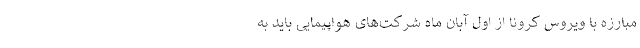
مبارزه با ویروس کرونا از اول آبان ماه شرکت‌های هواپیمایی باید به